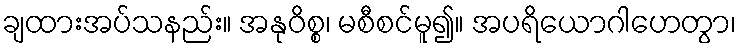
ချထားအပ်သနည်း။ အနုဝိစ္စ၊ မစီစင်မူ၍။ အပရိယောဂါဟေတွာ၊